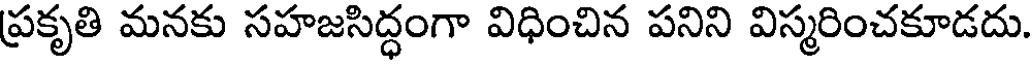
ప్రకృతి మనకు సహజసిద్ధంగా విధించిన పనిని విస్మరించకూడదు.